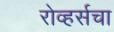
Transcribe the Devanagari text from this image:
रोव्हर्सचा